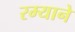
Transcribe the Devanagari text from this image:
रम्याने